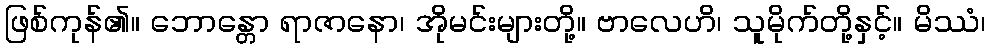
ဖြစ်ကုန်၏။ ဘောန္တော ရာဇာနော၊ အိုမင်းများတို့။ ဗာလေဟိ၊ သူမိုက်တို့နှင့်။ မိဿံ၊